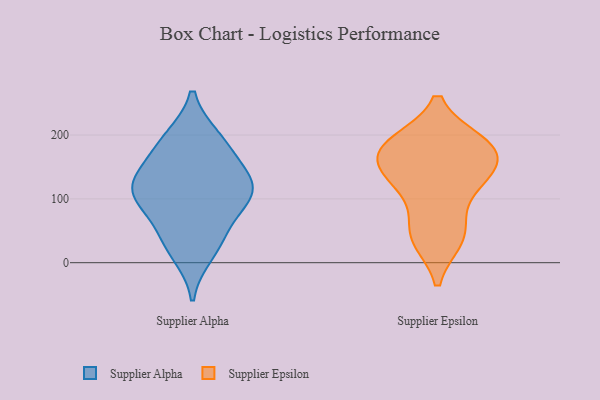
{"axis": {"x": "LTV (USD)", "y": "Value"}, "legend": ["Supplier Alpha", "Supplier Epsilon"], "data": [{"x": "", "y": 113, "type": "Supplier Alpha"}, {"x": "", "y": 113, "type": "Supplier Alpha"}, {"x": "", "y": 143, "type": "Supplier Alpha"}, {"x": "", "y": 193, "type": "Supplier Alpha"}, {"x": "", "y": 118, "type": "Supplier Alpha"}, {"x": "", "y": 14, "type": "Supplier Alpha"}, {"x": "", "y": 195, "type": "Supplier Alpha"}, {"x": "", "y": 105, "type": "Supplier Alpha"}, {"x": "", "y": 163, "type": "Supplier Alpha"}, {"x": "", "y": 37, "type": "Supplier Alpha"}, {"x": "", "y": 54, "type": "Supplier Alpha"}, {"x": "", "y": 99, "type": "Supplier Alpha"}, {"x": "", "y": 40, "type": "Supplier Epsilon"}, {"x": "", "y": 53, "type": "Supplier Epsilon"}, {"x": "", "y": 113, "type": "Supplier Epsilon"}, {"x": "", "y": 187, "type": "Supplier Epsilon"}, {"x": "", "y": 136, "type": "Supplier Epsilon"}, {"x": "", "y": 177, "type": "Supplier Epsilon"}, {"x": "", "y": 184, "type": "Supplier Epsilon"}, {"x": "", "y": 179, "type": "Supplier Epsilon"}, {"x": "", "y": 133, "type": "Supplier Epsilon"}, {"x": "", "y": 38, "type": "Supplier Epsilon"}, {"x": "", "y": 144, "type": "Supplier Epsilon"}, {"x": "", "y": 178, "type": "Supplier Epsilon"}]}